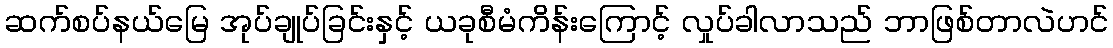
ဆက်စပ်နယ်မြေ အုပ်ချုပ်ခြင်းနှင့် ယခုစီမံကိန်းကြောင့် လှုပ်ခါလာသည် ဘာဖြစ်တာလဲဟင်